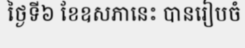
ថ្ងៃទី៦ ខែឧសភានេះ បានរៀបចំ